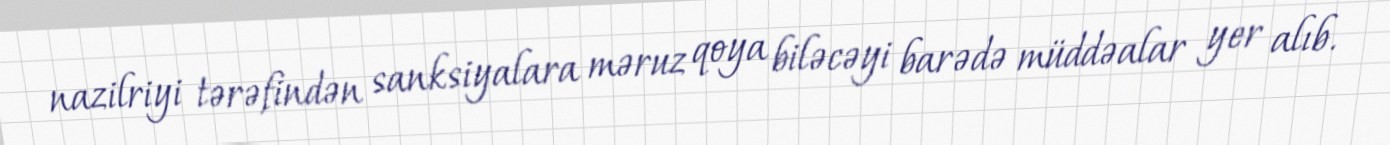
nazilriyi tərəfindən sanksiyalara məruz qoya biləcəyi barədə müddəalar yer alıb.